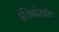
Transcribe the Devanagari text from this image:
इंजिनदेखील